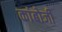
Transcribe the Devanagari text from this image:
कांबोजी